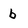
Character: b